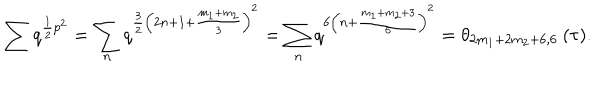
LaTeX: \sum q ^ { \frac { 1 } { 2 } p ^ { 2 } } = \sum _ { n } q ^ { \frac { 3 } { 2 } \left( 2 n + 1 + \frac { m _ { 1 } + m _ { 2 } } { 3 } \right) ^ { 2 } } = \sum _ { n } q ^ { 6 \left( n + \frac { m _ { 1 } + m _ { 2 } + 3 } { 6 } \right) ^ { 2 } } = \theta _ { 2 m _ { 1 } + 2 m _ { 2 } + 6 , 6 } \: ( \tau ) .